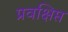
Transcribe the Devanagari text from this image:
प्रवक्षिप्त